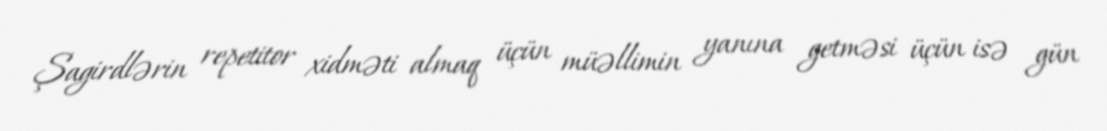
Şagirdlərin repetitor xidməti almaq üçün müəllimin yanına getməsi üçün isə gün